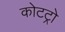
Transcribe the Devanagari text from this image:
कोटट्रो